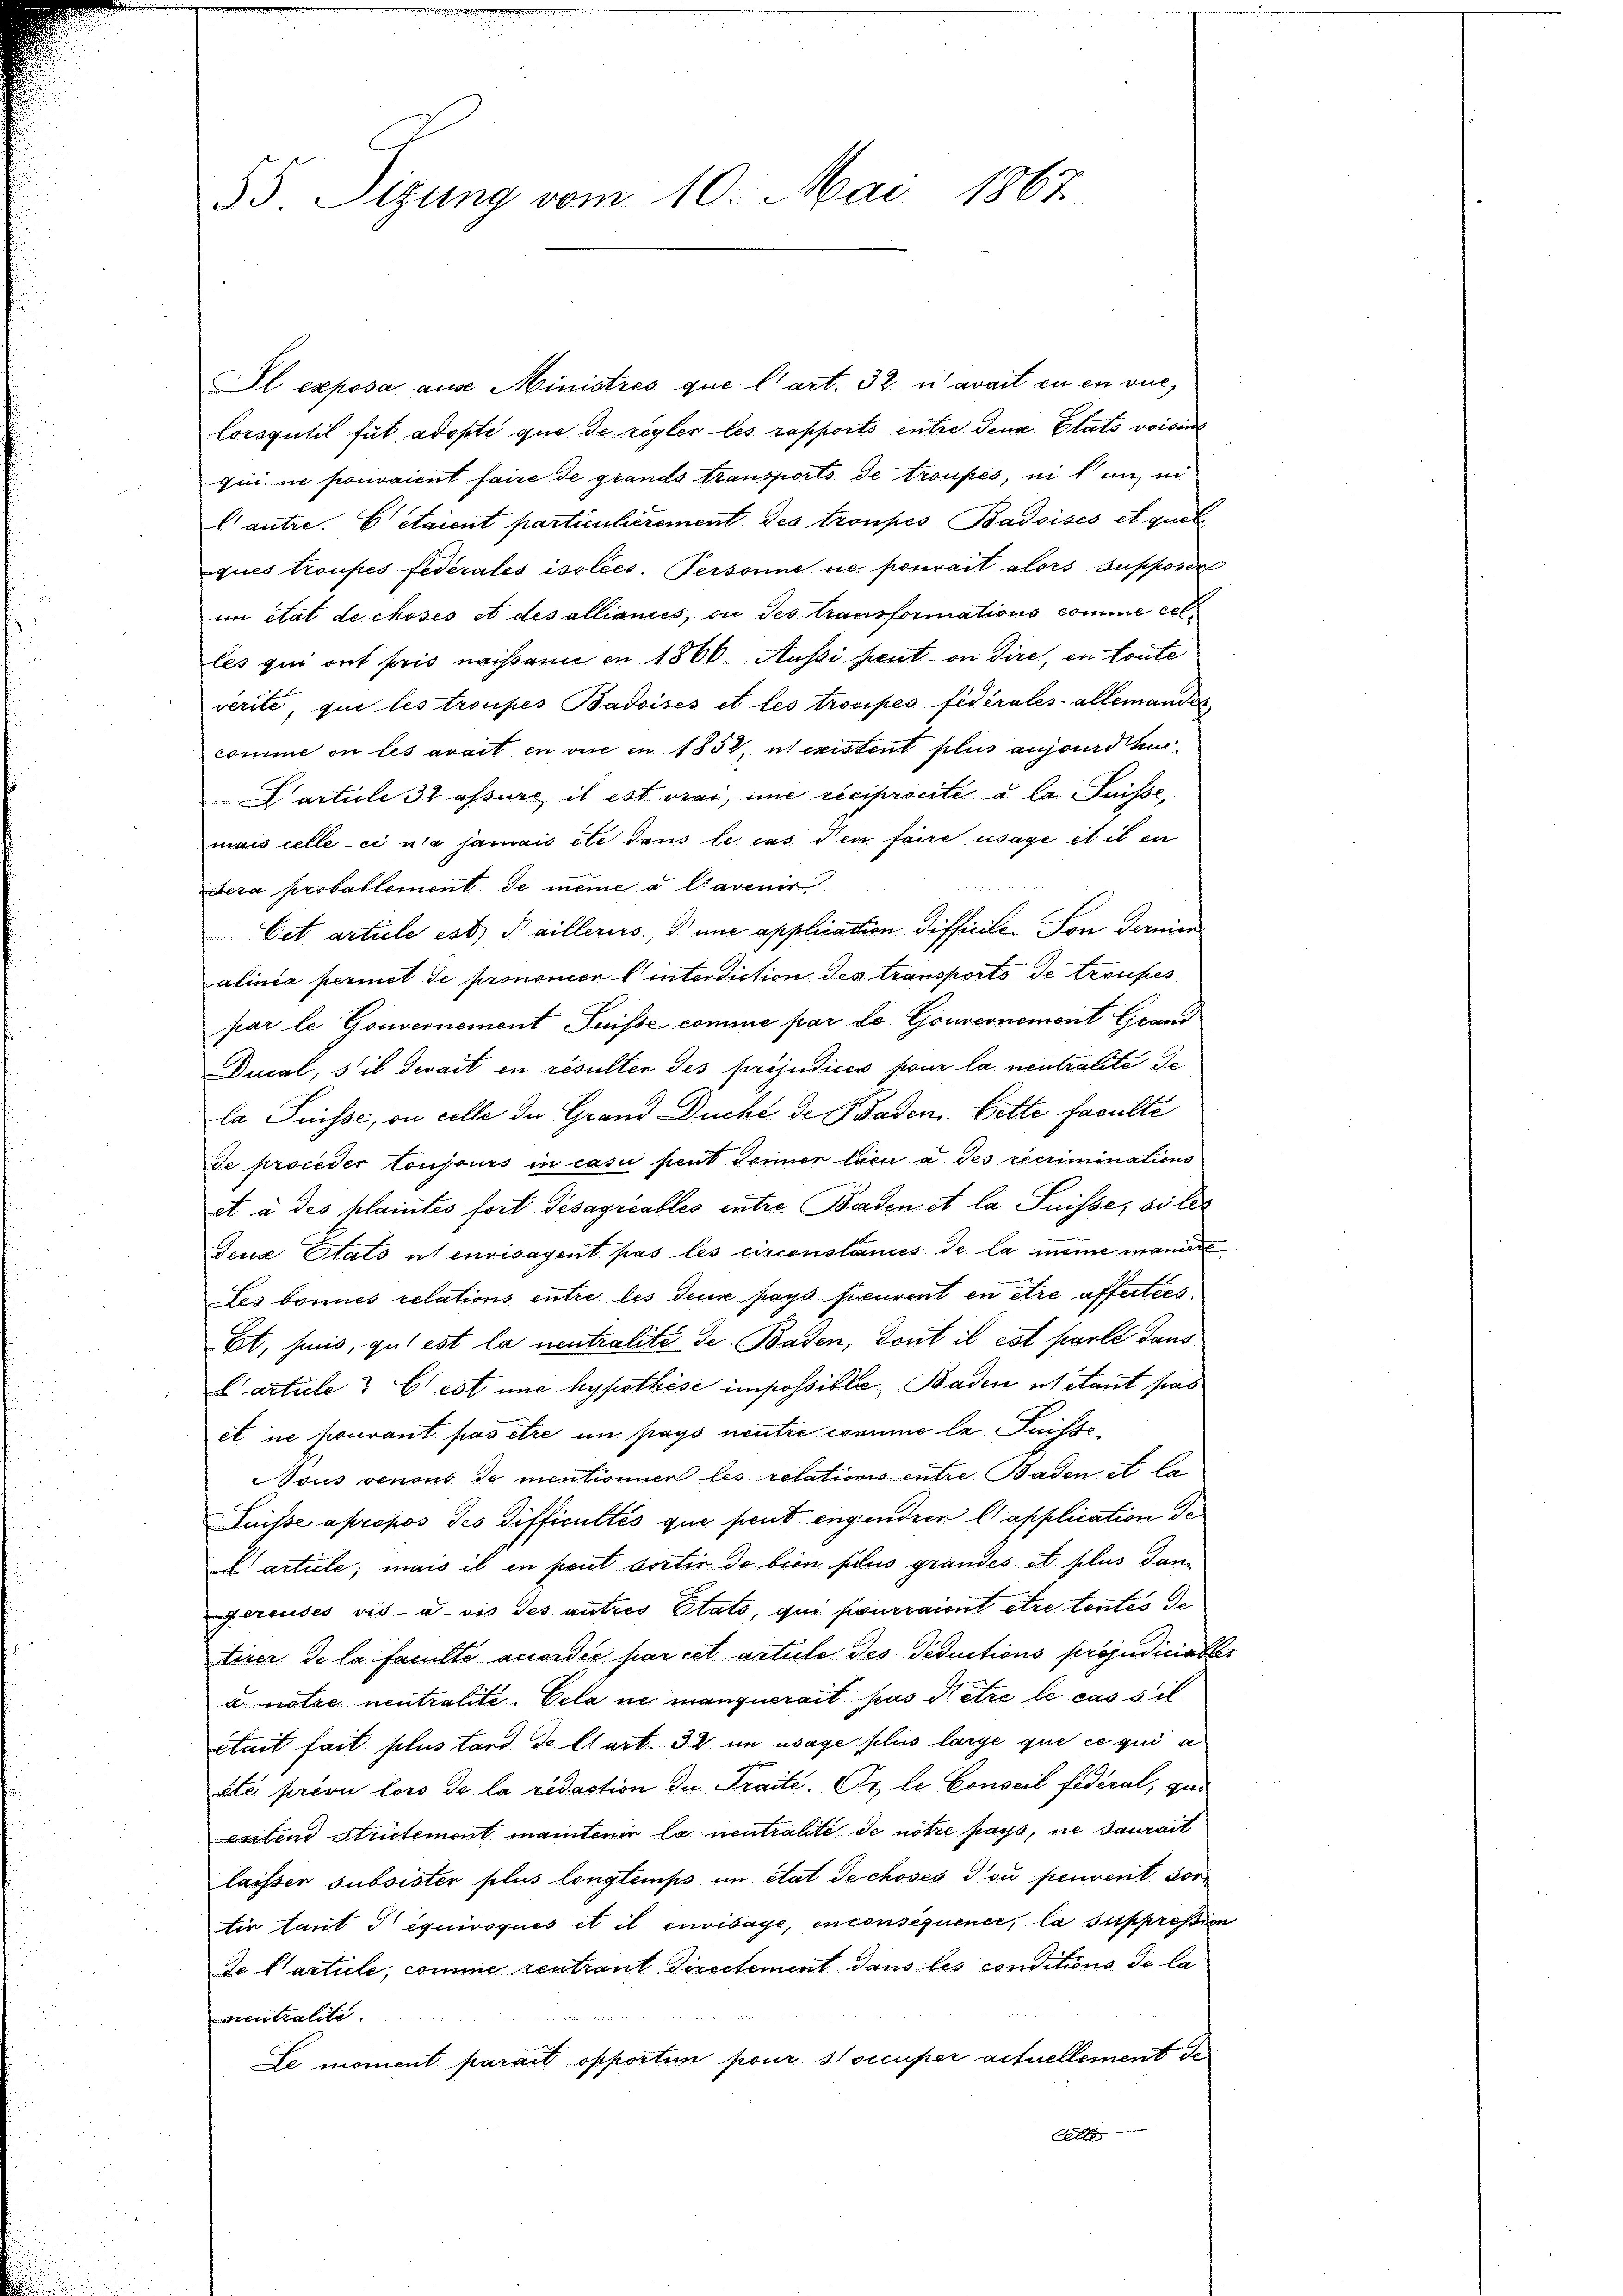
55. Sizung vom 10. Mai 1867

Sl exposa aus Ministrés que l’art. 32 n avait en en vue,
Corsgulil fut adopte que de regler les rapports entre dena Stats voisin
qui ne pouvaient faire de grands transports de troupes, in einer
l’autre. Cetaient partienherement des troupes Badoisés et quel
ques troupes fédérales isolées. Personne ne pouvait alors supposit
im ctat de choses et des allianis, die des transformations comme celles qui ont pris nachsam in 1866. Aussi peut in dire, en toute
verite, que les troupes Badoisés et les trocipes fidérales allemandes
comme ou les avait en vie en 1852, nexistent plus anjed huarticle 32 assure il est vier, une reciprocité a la Suisse,
mais celle-ci nie jamais etc dans le cas den faire usage et il en
dera probablement de meine a Cavenir
Cet article est Haillerus, d’une application difficile son darin
alinea permet de prononer Einterdiction des transports de troupes
par le Gouvernement Suisse comme par de Gouvernement Grand
Ducal, s’il devait en resulter des préjudices pour la neutralite de
la Suisse, ou celle der Grand Ducht de Baden, bette faculté
de proceder toujours in casu peut Jänner lieu à ses recriminations
et à des plaintes fort Gesagicables entre Baden et la Suisse, si les
Jena Stats us envisagent pas les circonstances de la meine mani
Les bonnes relations entre les deus pays peuvent en être afferties,
Et, haus, gut est la neutralité de Baden, dont il est parlé dans
L article? Er est une hypothese impossible, Baden Mitant pas
et ne pouvant pas être in pays neutre comme la Puisse
Nous venous de mentionier les relationis entre Baden et la
Suisse apropos des difficultés que peut engendren l application de
E artiele; mais il en peut sortir de bien plus grandes et plus dan
gereuses vis-à-vis des autres Stato, qui pourraient être tentes de
tirer de la faulte accordée par cet article des deductions préjudiciable
u notre neutralite. Cela ne manquerait pas Setze le cas si
stait fait plus tard de Clart. 32 im wage plus large que ce qui a
etc. privi lors de la redaction der Traité. Er, le Conseil fédéral, gan
eritend Strictement maintenir la neutralite de notie pays, ne saurait
laisser subsister plus longtemps in etat Techoses ou peuvent sor
tir laut Tequivoqués et il envisage, enconsequence, la suppressie
de Cartule, comme centraut Directement dans les conditions de la
icentralite
Le moment parait opporten pour stoccuper actuellement de
Cette